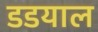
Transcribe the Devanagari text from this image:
डडयाल